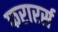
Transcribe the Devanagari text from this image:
फरारर्स